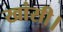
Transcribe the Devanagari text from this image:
खांसी।